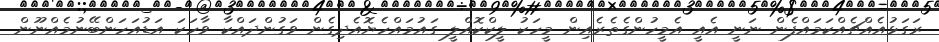
ރަގަޅުއެއްޗެއްކަމައްފެން ނަނީ އެއީ އެމީހުންގެތެރެއިން މީހަކު ލީކްކޮއްލީ ގައުމައްހެޔޮއެދިގެން ވަގުންދައްކާ ވާހަކަ އަޑުއަހަންބޭނުމެއްނޫން